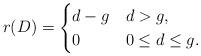
LaTeX: \begin{align*}r(D) = \begin{cases}d-g & d > g, \\0 & 0 \leq d \leq g.\end{cases}\end{align*}